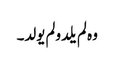
وہ لم یلدولم یولد۔